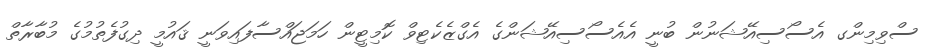
ސްވިމިންގ އެސޯސިއޭޝަނުން ބުނީ އެއެސޯސިއޭޝަންގެ އެގްޒެކެޓިވް ކޮމިޓީން ހަމަޖައްސާފައިވަނީ ޤައުމީ ދިގުފެތުމުގެ މުބާރާތް